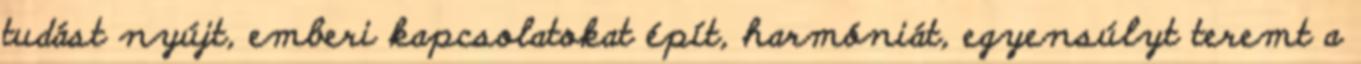
tudást nyújt, emberi kapcsolatokat épít, harmóniát, egyensúlyt teremt a